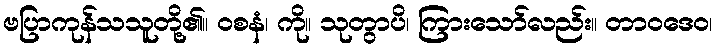
ဗပြာကုန်သသူတို့၏။ ဝစနံ၊ ကို။ သုတွာပိ၊ ကြားသော်လည်း။ တာဝဒေဝ၊